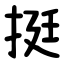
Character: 挺